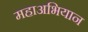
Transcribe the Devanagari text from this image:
महाअभियान